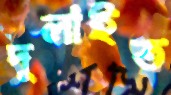
দুলাইত